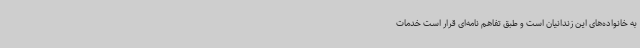
به خانواده‌های این زندانیان است و طبق تفاهم نامه‌ای قرار است خدمات